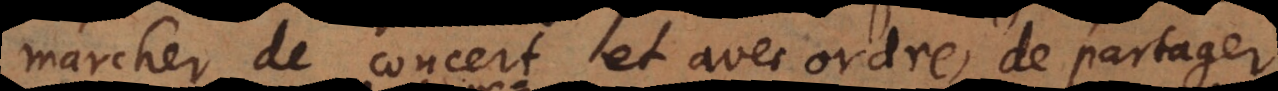
marcher de concert et avec ordre, de partager